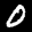
Label: 0